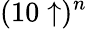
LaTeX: (10\uparrow)^{n}